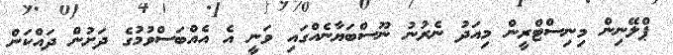
ޕްލޭނިން މިނިސްޓްރީން މިއަދު ނެރުނު ނޫސްބަޔާނެއްގައި ވަނީ އެ އެއްބަސްވުމުގެ ދަށުން ދައްކަން